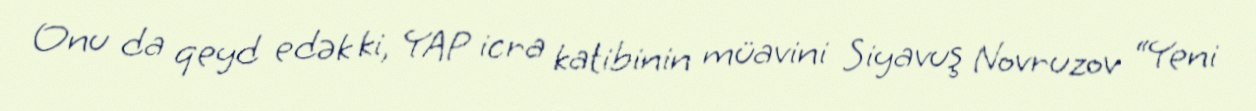
Onu da qeyd edək ki, YAP icra katibinin müavini Siyavuş Novruzov “Yeni